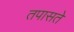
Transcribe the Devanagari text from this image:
तपासते